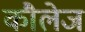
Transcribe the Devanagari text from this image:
कौलेज